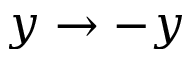
y \rightarrow - y